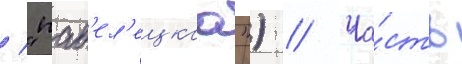
/ "пав'ел'ецкаа") // Ча́сть